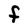
Character: F